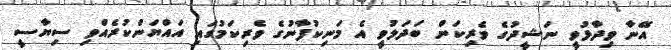
އޭނާ ވިދާޅުވީ ނަޝީދުގެ ވެރިކަން ބަދަލުވީ އެ މަނިކުފާނުގެ ވެރިކަމުގައި އައްޔަންކުރެއްވި ސިޔާސީ